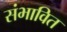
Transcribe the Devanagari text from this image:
संभावित